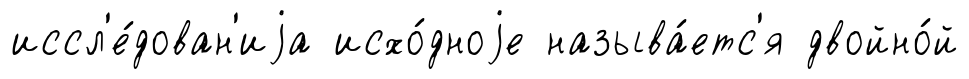
иссл'е́дован'иjа исхо́дноjе называ́етс'я двойно́й